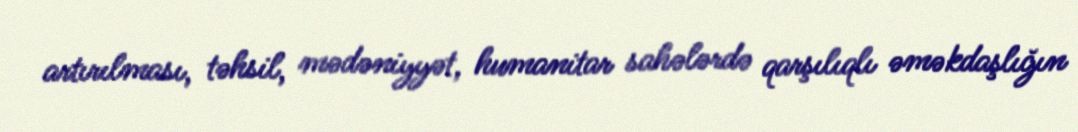
artırılması, təhsil, mədəniyyət, humanitar sahələrdə qarşılıqlı əməkdaşlığın